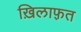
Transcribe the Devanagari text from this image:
ख़िलाफ़़त